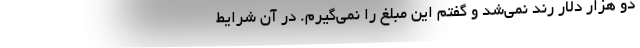
دو هزار دلار رُند نمی‌شد و گفتم این مبلغ را نمی‌گیرم. در آن شرایط